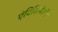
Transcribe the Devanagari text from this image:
ऐंटिसिपेटरी